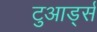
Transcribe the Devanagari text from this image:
टुआर्ड्स